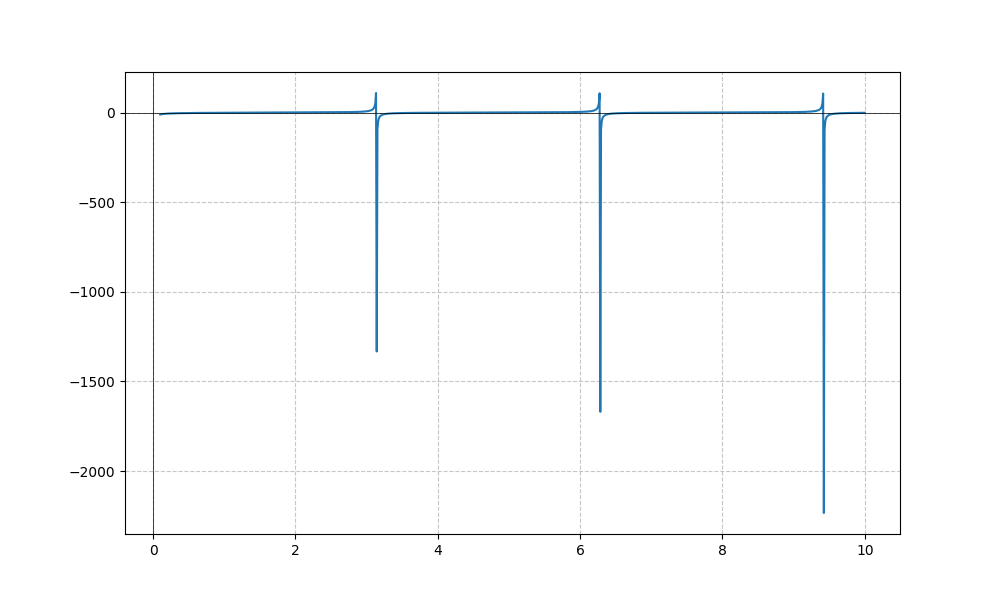
LaTeX formula: - \cot{\left(x \right)} + \operatorname{atan}{\left(x \right)}